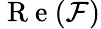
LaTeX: \mathrm{~R~e~}(\mathcal{F})